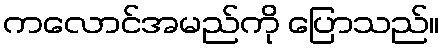
ကလောင်အမည်ကို ပြောသည်။